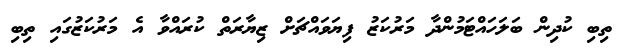
ތިބި ކުދިން ބަލަހައްޓަމުންދާ މަރުކަޒު ފިޔަވައްޗަށް ޒިޔާރަތް ކުރައްވާ އެ މަރުކަޒުގައި ތިބި